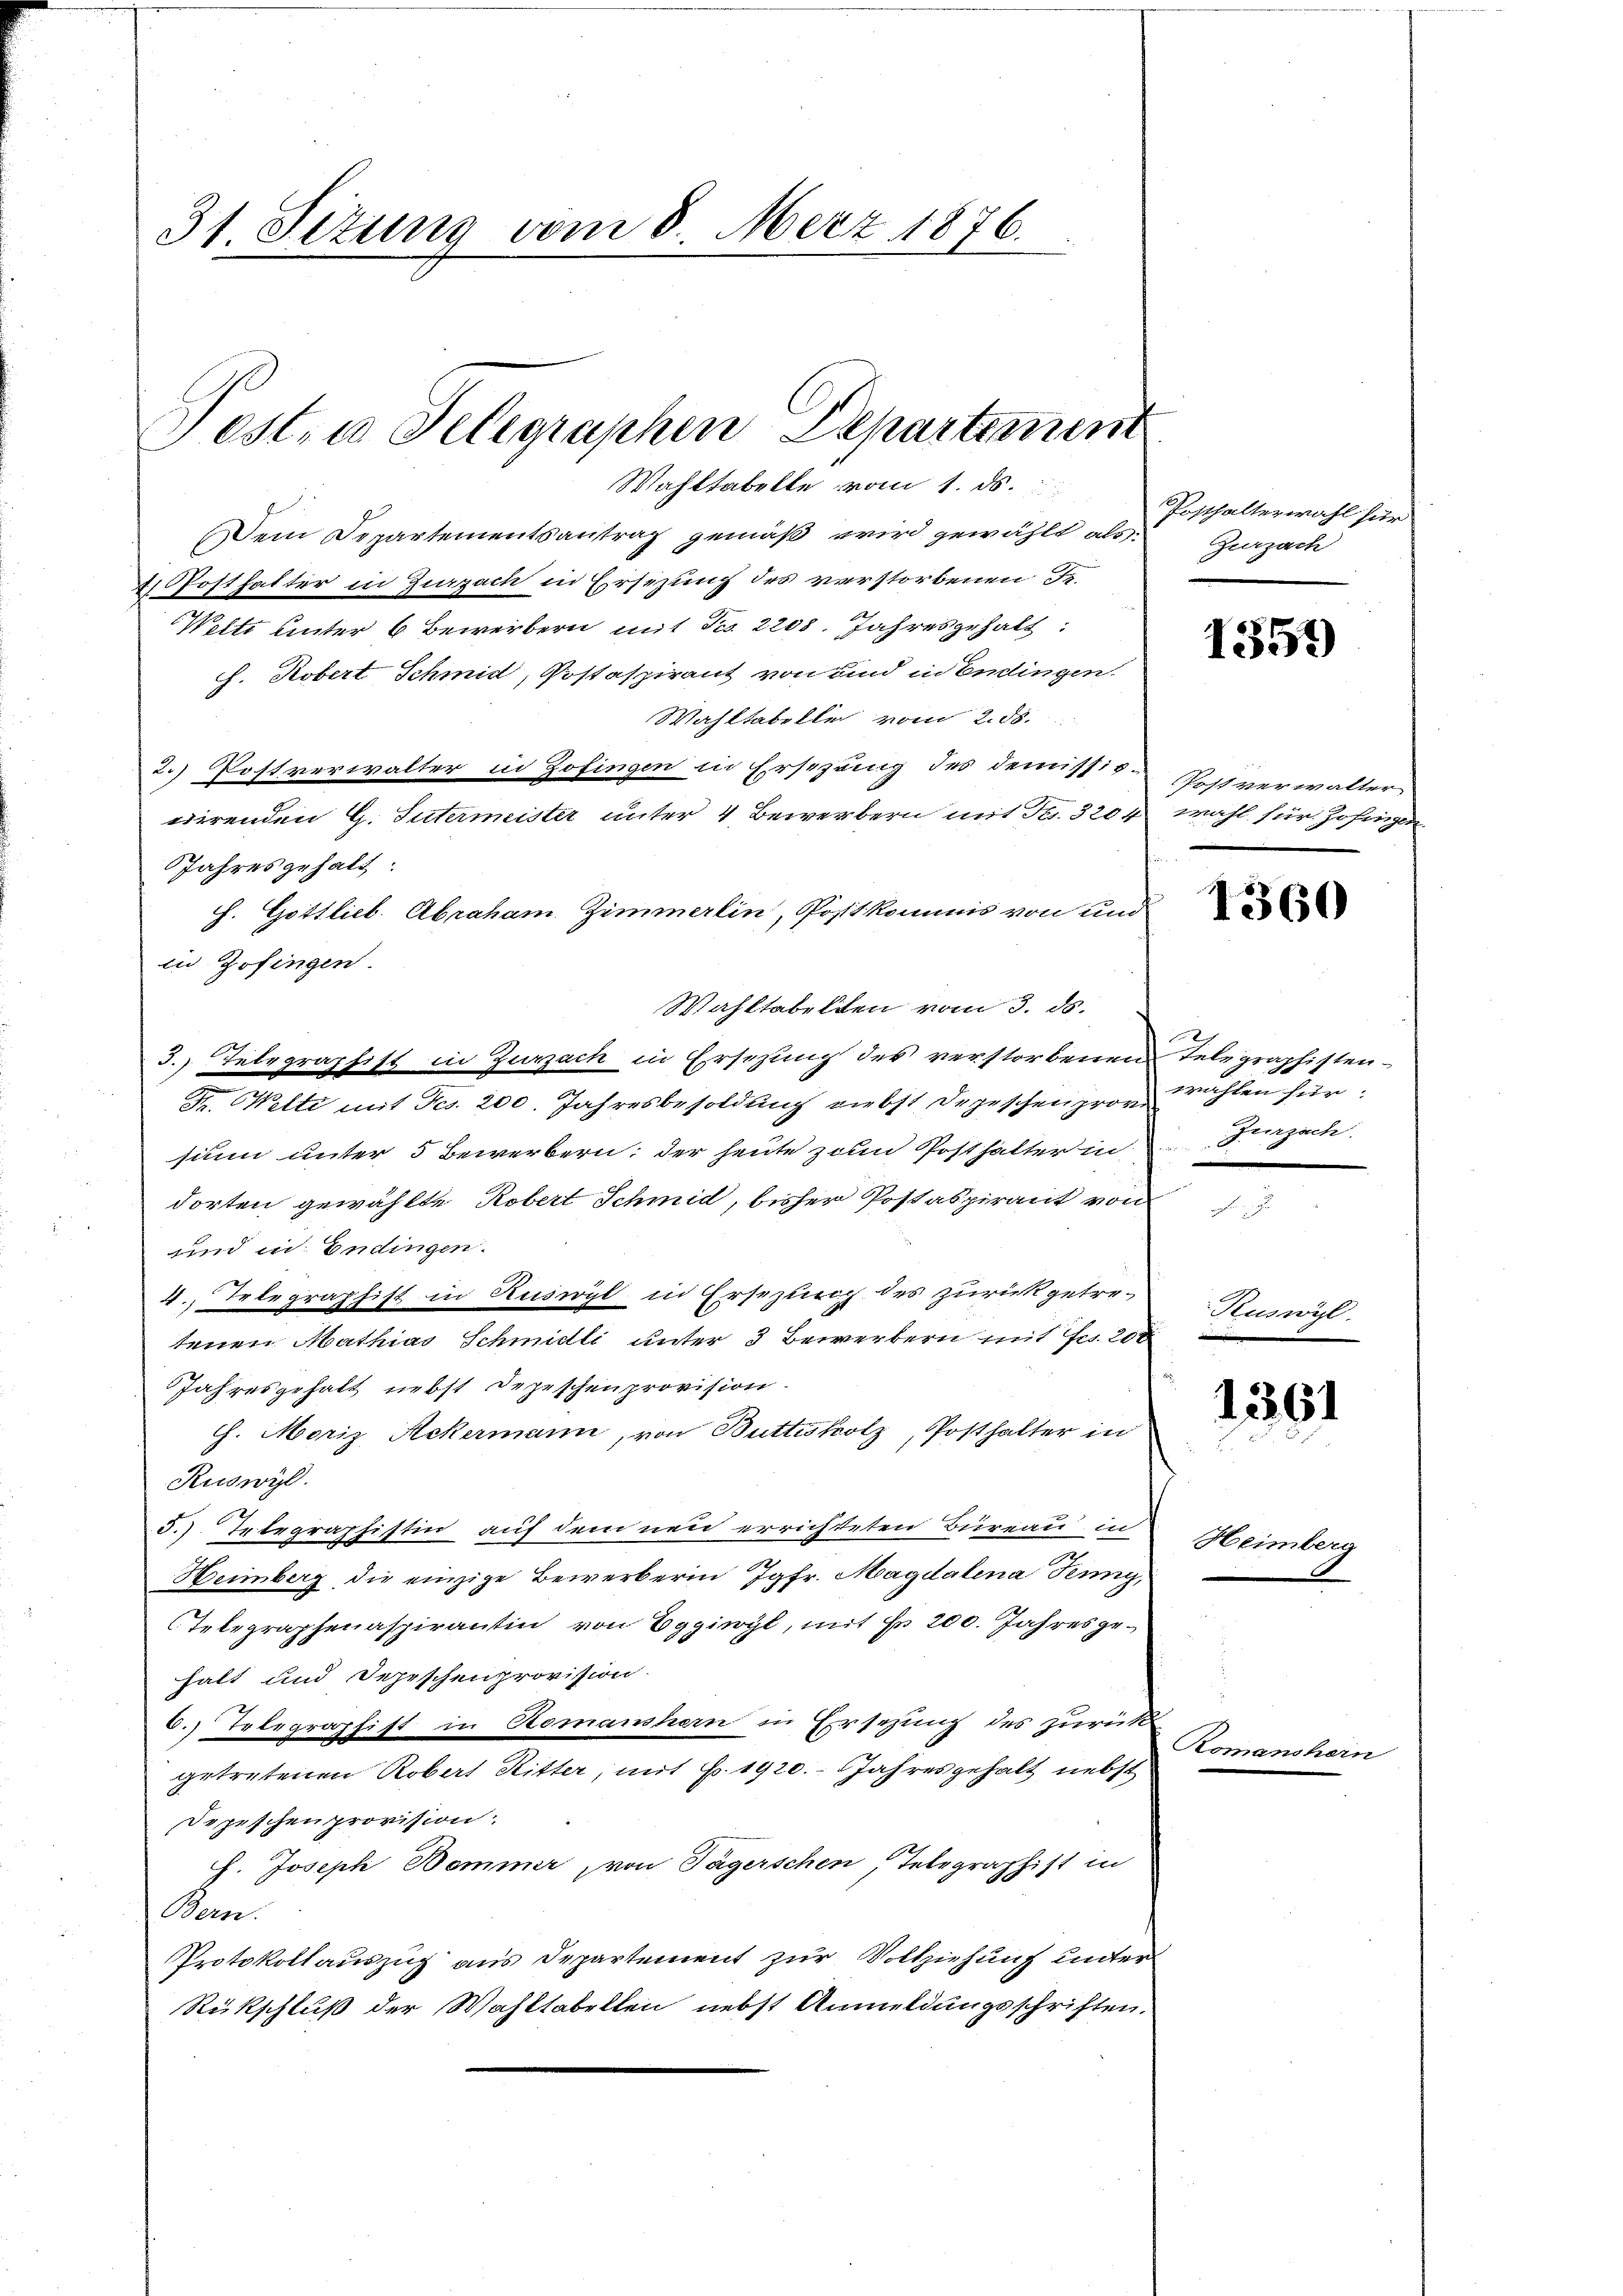
31. Sizung vom 8. März 1876.

Pesta Telegraphen Departemen

Wahltabelle vom 1. ds.
Dem Departementsantrag gemäß wird gewählt als: Zurzach
2) Pfosthalter in Zurzach in Ersezung des verstorbenen Je¬
Welti unter 6 Bewerbern mit Fr. 2200. Jahresgehalt
h. Robert Schmid, Postaspirant von und in Endingen.
Wahltabelle vom 2. ds.
2.) Postverwalter in Zofingen in Ersezung des demissig Postverwalter
wirenden G. Sutermeister unter 4 Bewerbern mit Fr. 3204 wahl für. Zofingen
Jahres gehalt:
h. Gottlieb. Abraham Zimmerlin, Postkommis von und
in Zofingen.
Wahltabellen vom 3. ds.
3.) Telegraphist in Zurzach in Ersezung des verstorbenen Telegraphisten¬
 Welti mit Fes. 200. Jahresbesoldung Liebst Depeschen prov. Wahlen für
sium unter 5 Bewerbern; der heute zum Posthalter in
dorten gewählte Robert Schmid, bisher Postabpirant von
und in Endingen.
1
4., Telegraphist in Ruswyl in Ersezung des zurückgetretenen Mathias Schmidli unter 3 Bewerbern mit Fr. 202
Jahresgehalt nebst Depeschenprovision.
G. Moriz Ackermann, von Buttisholz, Posthalter in
Ruswyl.
5.) Telegraphistin auf dem neu errichteten Büreau in
3
Heimberg die einzige Bewerberin Jgfr. Magdalena Kunz,
Telegraphenaspirantin von Eggiwyl, mit Fr. 200. Jahresgehalt und Depeschenprovision.
6. Telegraphist in Romanshern in Ersetzung des zurück
getretenen Robert Ritter, mit 6. 1920. Jahresgehalt nebst
Depeschen provision
h. Joseph Bommer, von Tägerschen, Telegraphist in
Bern.
Protokollauszug aus Departement zur Vollziehung unter
Rückschluß der Wahltabellen nebst Anmeldungsschriften.

Posthalterwahl für

Zurzach.

Heimberg

Ae

1359)

1360

Ruswis

1361